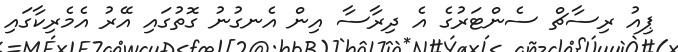
ޕިއު ރިސާޗް ސެންޓަރުގެ އެ ދިރާސާ އިން އެނގުނު ގޮތުގައި އޭރު އެމެރިކާގައި